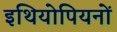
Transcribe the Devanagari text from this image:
इथियोपियनों